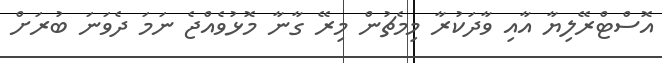
އޮސްޓްރޭލިޔާ އާއި ވާދަކުރާ މިމެޗުން މިރޭ ގާނާ މޮޅުވެއްޖެ ނަމަ ދެވަނަ ބުރަށް